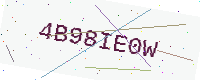
Text: 4B98IE0W